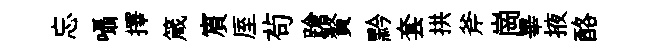
忘囁擇箴賔厔茍蹌贅黔套拱斧崗畢掖酪